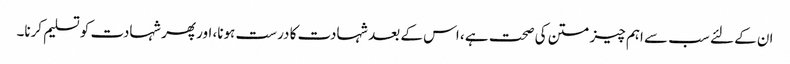
ان کے لئے سب سے اہم چیز متن کی صحت ہے ، اس کے بعد شہادت کا درست ہونا، اور پھر شہادت کو تسلیم کرنا۔